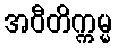
အဝီတိက္ကမ္မ